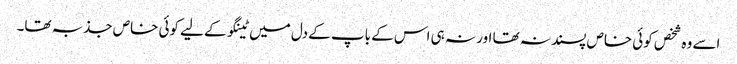
اسے وہ شخص کوئی خاص پسند نہ تھا اور نہ ہی اس کے باپ کے دل میں ٹینگو کے لیے کوئی خاص جذبہ تھا۔